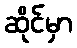
ဆိုင်မှာ